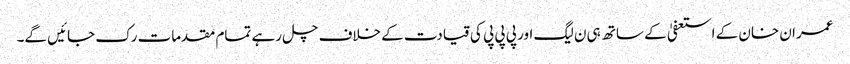
عمران خان کے استعفیٰ کے ساتھ ہی ن لیگ اور پی پی پی کی قیادت کے خلاف چل رہے تمام مقدمات رک جائیں گے۔